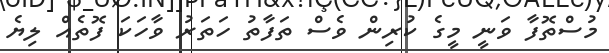
މުސްތޮފާ ވަނީ މީގެ ކުރިން ވެސް ތަފާތު ހަތަރު ވާހަކަ ފޮތެއް ލިޔެ